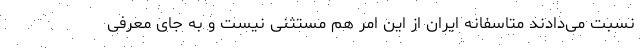
نسبت می‌دادند متاسفانه ایران از این امر هم مستثنی نیست و به جای معرفی